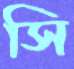
সি